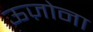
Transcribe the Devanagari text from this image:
ऊज़ोना